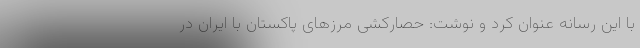
با این رسانه عنوان کرد و نوشت: حصارکشی مرزهای پاکستان با ایران در